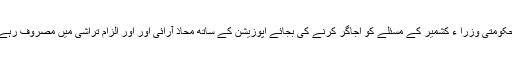
حکومتی وزرا ء کشمیر کے مسئلے کو اجاگر کرنے کی بجائے اپوزیشن کے ساتھ محاذ آرائی اور اور الزام تراشی میں مصروف رہے۔